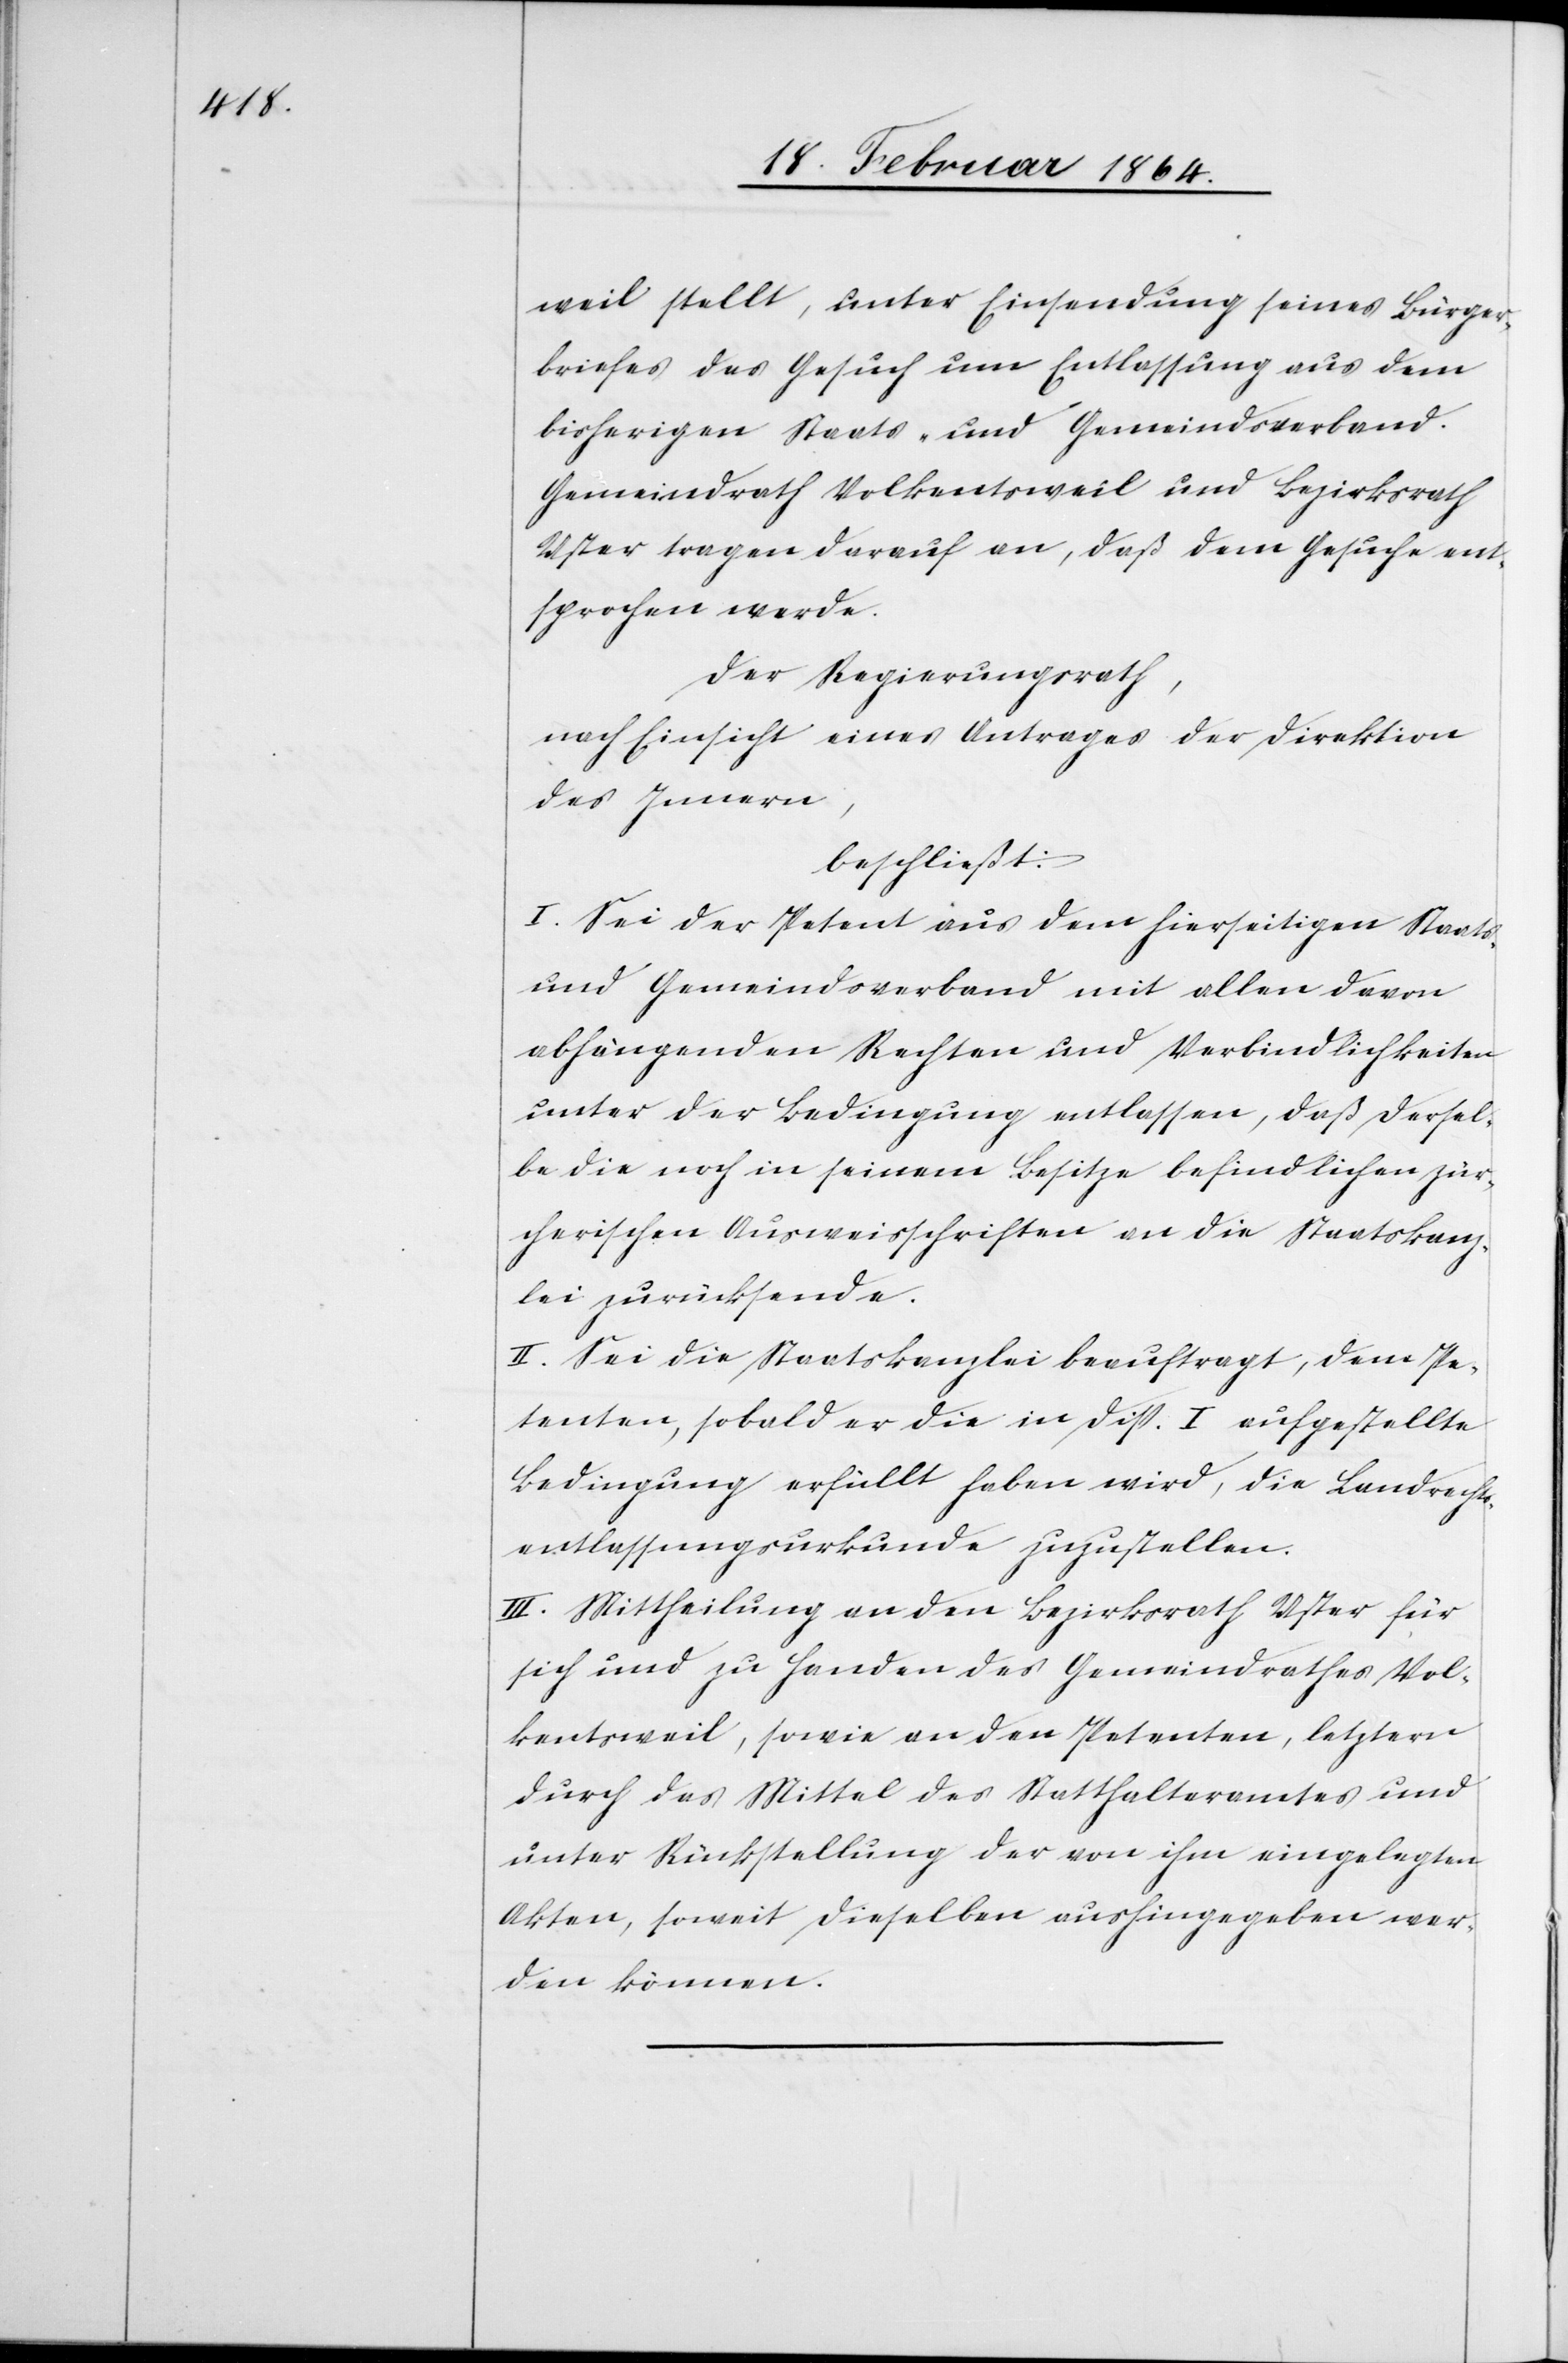
weil stellt, unter Einsendung seines Bürger¬
briefes das Gesuch um Entlassung aus dem
bisherigen Staats- und Gemeindsverband.
Gemeindrath Volkentsweil und Bezirksrath
Uster tragen darauf an, daß dem Gesuche ent¬
sprochen werde.
Der Regierungsrath,
nach Einsicht eines Antrages der Direktion
des Innern,
beschließt:
I. Sei der Petent aus dem hierseitigen Staats-
und Gemeindsverband mit allen davon
abhängenden Rechten und Verbindlichkeiten
unter der Bedingung entlassen, daß dersel¬
be die noch in seinem Besitze befindlichen zür¬
cherischen Ausweisschriften an die Staatskanz¬
lei zurücksende.
II. Sei die Staatskanzlei beauftragt, dem Pe¬
tenten, sobald er die in Disp. I. aufgestellte
Bedingung erfüllt haben wird, die Landrechts¬
entlassungsurkunde zuzustellen.
III. Mittheilung an den Bezirksrath Uster für
sich und zu Handen des Gemeindrathes Vol¬
kentsweil, sowie an den Petenten, letztern
durch das Mittel des Statthalteramtes und
unter Rückstellung der von ihm eingelegten
Akten, soweit dieselben aushingegeben wer¬
den können.